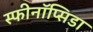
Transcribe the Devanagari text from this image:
स्फीनॉप्सिडा